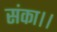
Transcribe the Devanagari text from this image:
संका।।